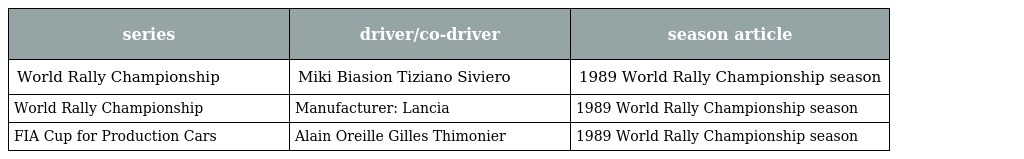
| series | driver/co-driver | season article |
 | --- | --- | --- |
 | World Rally Championship | Miki Biasion Tiziano Siviero | 1989 World Rally Championship season |
 | World Rally Championship | Manufacturer: Lancia | 1989 World Rally Championship season |
 | FIA Cup for Production Cars | Alain Oreille Gilles Thimonier | 1989 World Rally Championship season |